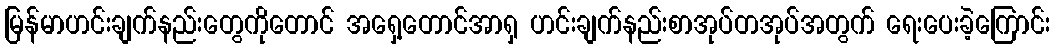
မြန်မာဟင်းချက်နည်းတွေကိုတောင် အရှေ့တောင်အာရှ ဟင်းချက်နည်းစာအုပ်တအုပ်အတွက် ရေးပေးခဲ့ကြောင်း